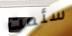
سئمت